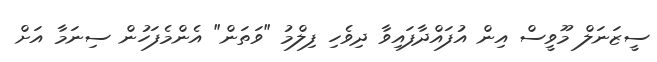
ސީޒަނަލް މޫވީސް އިން އުފައްދާފައިވާ ދިވެހި ފިލްމު "ވަތަން" އެންމެފަހުން ސިނަމާ އަށް